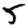
Digit: 5